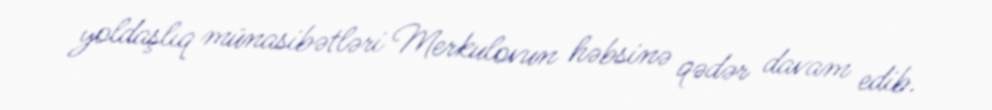
yoldaşlıq münasibətləri Merkulovun həbsinə qədər davam edib.